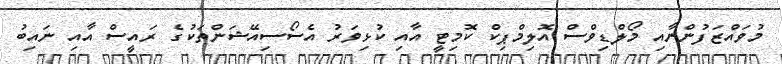
މުވައްޒަފުންނާއި މޯލްޑިވްސް އޮލިމްޕިކް ކޮމިޓީ އާއި ކުޅިވަރު އެސޯސިއޭޝަންތަކުގެ ރައީސް އާއި ނައިބު